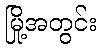
မြို့အတွင်း